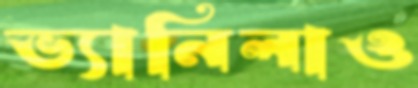
ভ্যানিলাও